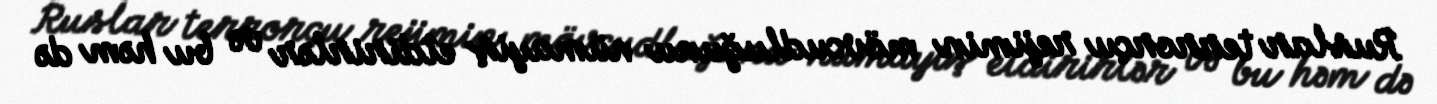
Ruslar terrorçu rejimin mövcudluğunu nümayiş etdirirlər və bu həm də